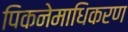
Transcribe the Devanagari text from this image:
पिकनेमाधिकरण